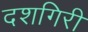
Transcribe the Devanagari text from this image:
दशगिरी